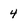
Character: 4